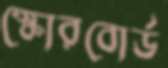
স্কোরবোর্ড